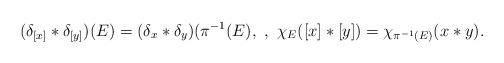
LaTeX: \begin{align*} (\delta_{[x]}*\delta_{[y]})(E)= (\delta_x*\delta_y)(\pi^{-1}(E),\,\, , \,\, \chi_E([x]*[y])= \chi_{\pi^{-1}(E)}(x*y).\end{align*}